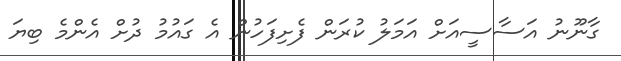
ގާނޫނު އަސާސީއަށް އަމަލު ކުރަން ފެށިފަހުން އެ ގައުމު ދުށް އެންމެ ބިޔަ